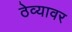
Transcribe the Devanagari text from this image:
ठेव्यावर